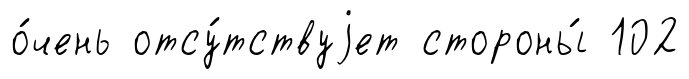
о́чень отсу́тствуjет стороны́ 102